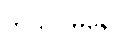
ဘယဂါမိနော